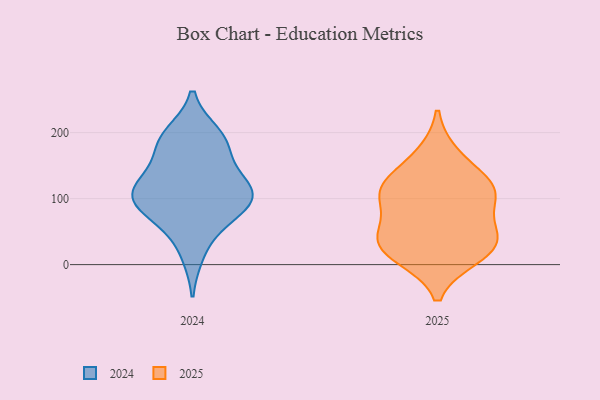
{"axis": {"x": "Revenue (USD Million)", "y": "Value"}, "legend": ["2024", "2025"], "data": [{"x": "", "y": 114, "type": "2025"}, {"x": "", "y": 31, "type": "2025"}, {"x": "", "y": 116, "type": "2025"}, {"x": "", "y": 23, "type": "2025"}, {"x": "", "y": 42, "type": "2025"}, {"x": "", "y": 112, "type": "2025"}, {"x": "", "y": 54, "type": "2025"}, {"x": "", "y": 165, "type": "2025"}, {"x": "", "y": 106, "type": "2025"}, {"x": "", "y": 14, "type": "2025"}, {"x": "", "y": 129, "type": "2024"}, {"x": "", "y": 126, "type": "2024"}, {"x": "", "y": 181, "type": "2024"}, {"x": "", "y": 193, "type": "2024"}, {"x": "", "y": 66, "type": "2024"}, {"x": "", "y": 17, "type": "2024"}, {"x": "", "y": 106, "type": "2024"}, {"x": "", "y": 88, "type": "2024"}, {"x": "", "y": 106, "type": "2024"}, {"x": "", "y": 111, "type": "2024"}, {"x": "", "y": 174, "type": "2024"}, {"x": "", "y": 197, "type": "2024"}, {"x": "", "y": 74, "type": "2024"}, {"x": "", "y": 104, "type": "2024"}]}